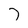
Character: 7